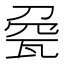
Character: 𤭀